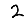
Digit: 2